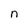
Character: n